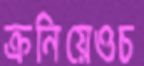
ক্রনিয়েওচ